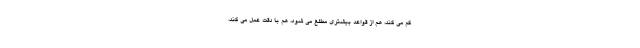
کم می کند، هم از قواعدِ بیشتری مطلع می شود، هم با دقت عمل می کند،